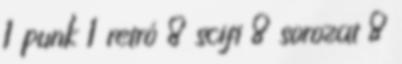
1 punk 1 retró 8 scifi 8 sorozat 8